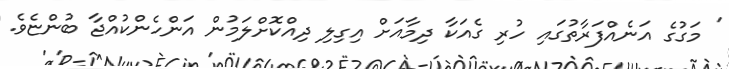
' މަގުގެ އަނެއްފަރާތުގައި ހުރި ގެއަކާ ދިމާއަށް އިގިލި ދިއްކޮށްލަމުން އަންހެންކުއްޖާ ބުންޏެވެ.